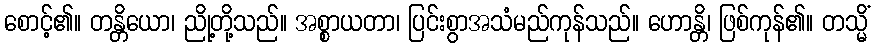
စောင့်၏။ တန္တိယော၊ ညို့တို့သည်။ အစ္စာယတာ၊ ပြင်းစွာအသံမည်ကုန်သည်။ ဟောန္တိ၊ ဖြစ်ကုန်၏။ တသ္မိံ